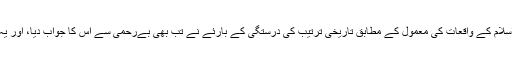
جس میں، میں نے ترمیم پسند کاموں کا سروئے کیاجس میں ابتدائی اسلام کے واقعات کی معمول کے مطابق تاریخی ترتیب کی درستگی کے بارئے نے تب بھی بےرحمی سے اس کا جواب دیا، اور یہ ظاہر کیا کہ 15 سال بعد بھی، وہ ابھی تک KAEFمیں سوال اٹھایا۔